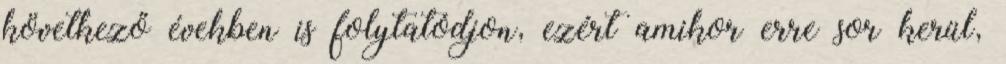
következő években is folytatódjon, ezért amikor erre sor kerül,